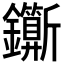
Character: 𨰉